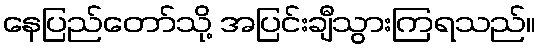
နေပြည်တော်သို့ အပြင်းချီသွားကြရသည်။